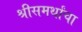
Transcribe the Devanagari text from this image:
श्रीसमर्थांचा